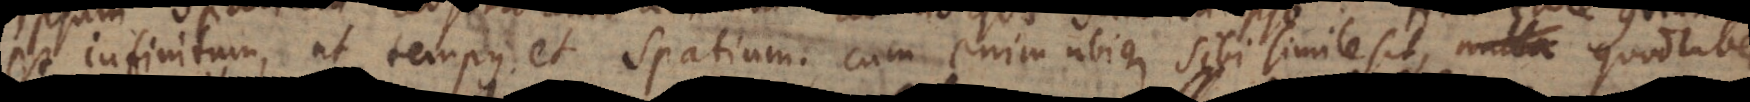
infinitum, ut tempus et spatium. Cum enim ubique sibi simile sit, nulla